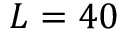
L = 4 0